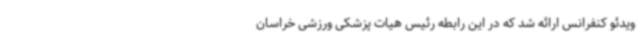
ویدئو کنفرانس ارائه شد که در این رابطه رئیس هیات پزشکی ورزشی خراسان